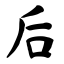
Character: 后